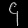
Digit: ၄